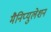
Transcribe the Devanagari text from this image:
मैनिप्युलेशन